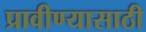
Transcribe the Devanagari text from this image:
प्रावीण्यासाठी